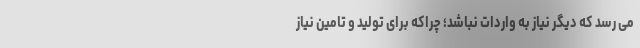
می رسد که دیگر نیاز به واردات نباشد؛ چراکه برای تولید و تامین نیاز